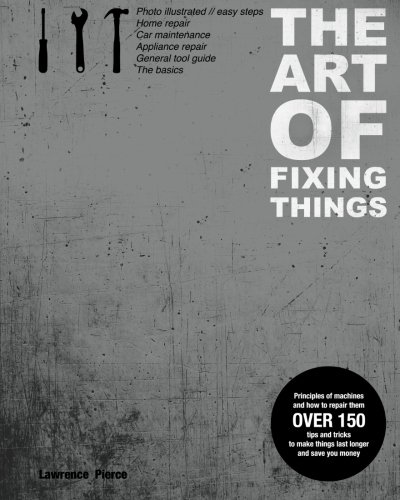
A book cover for The Art of Fixing Things, Principles of Machines, and How to Repair Them: 150 Tips and Tricks to Make Things Last Longer, and save You Money; Lawrence E. Pierce; Engineering & Transportation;